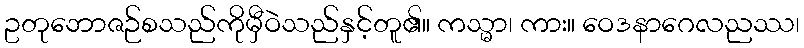
ဥတုဘောဇဉ်စသည်ကိုမှီဝဲသည်နှင့်တူ၏။ ကသ္မာ၊ ကား။ ဝေဒနာဂေလညဿ၊